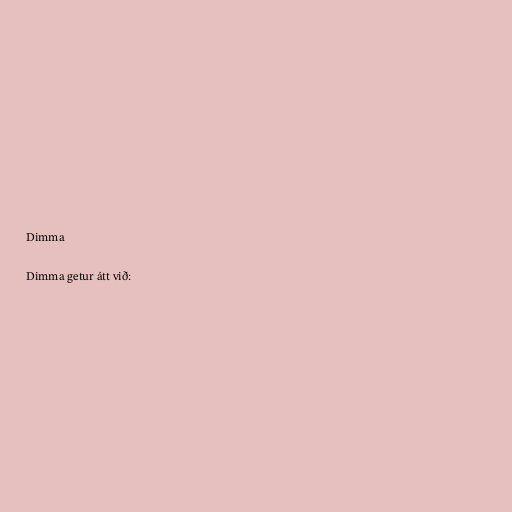
Dimma

Dimma getur átt við: